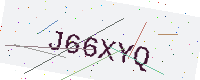
Text: J66XYQ